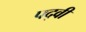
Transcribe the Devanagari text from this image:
पद्‍वी